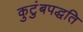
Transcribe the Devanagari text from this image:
कुटुंबपद्धति